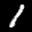
Label: 1